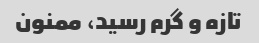
تازه و گرم رسید، ممنون